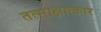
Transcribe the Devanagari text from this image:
तत्साक्षात्कार